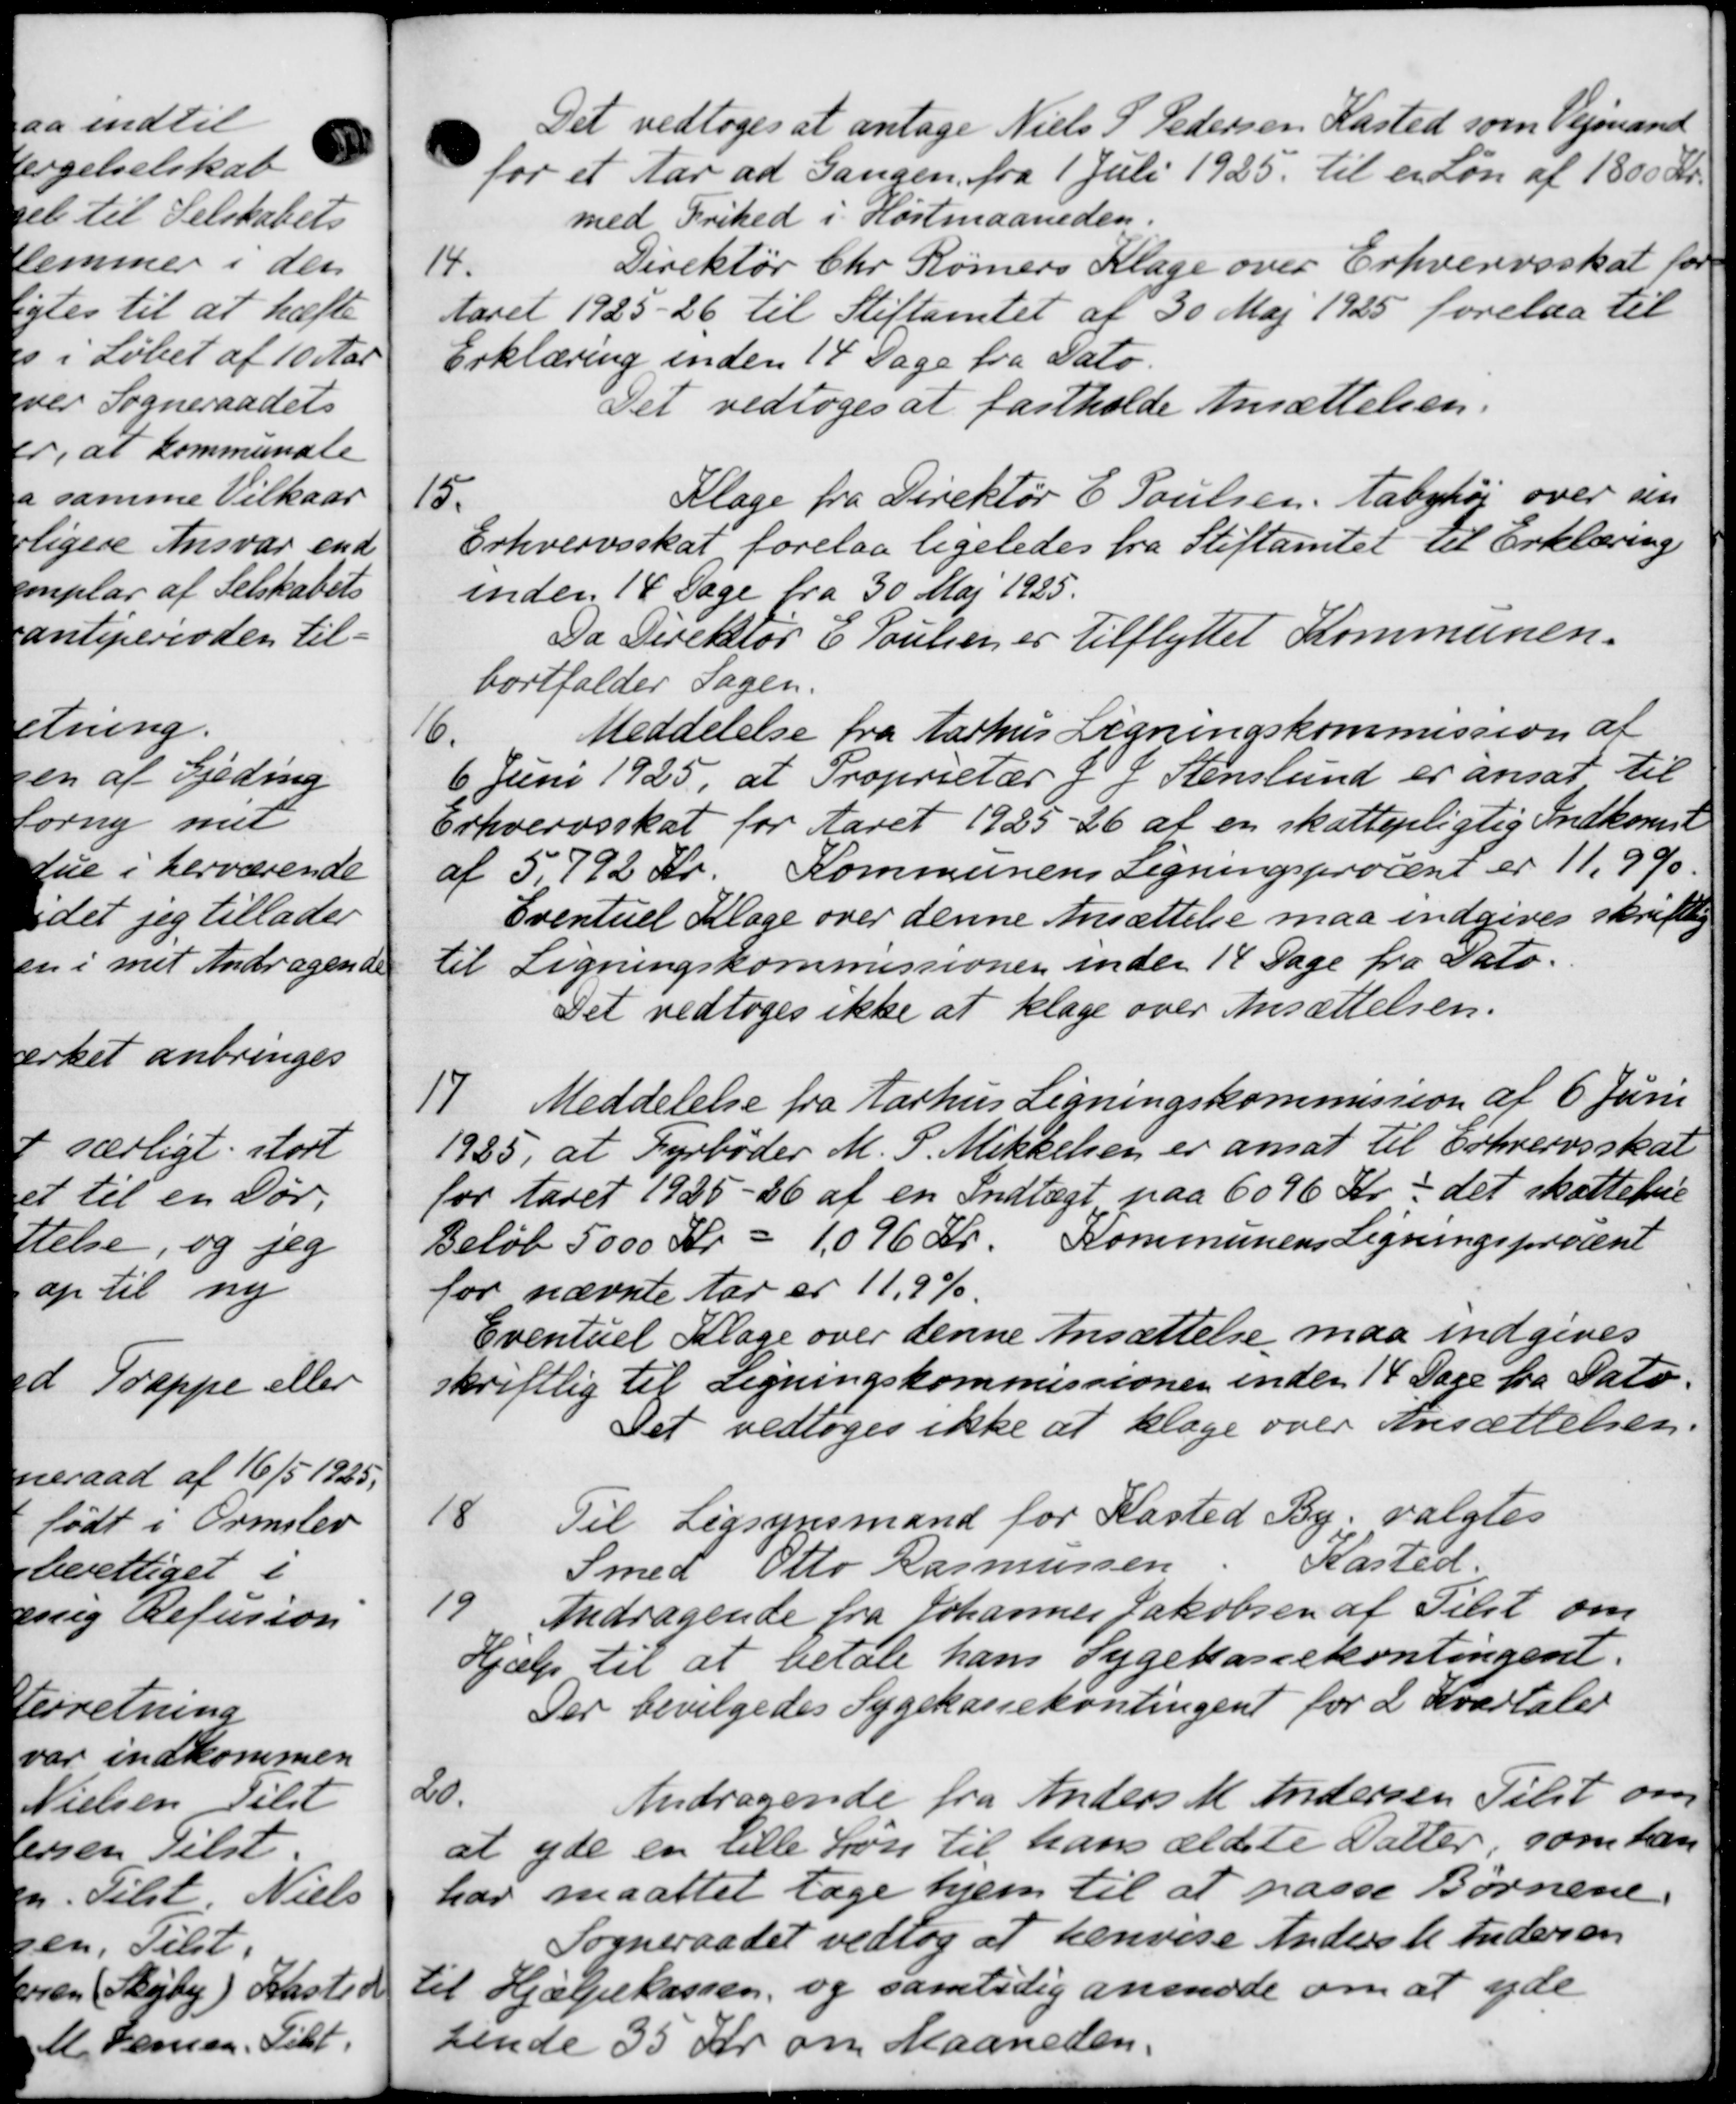
Transskription:
Det vedtoges at antage Niels P Pedersen Kasted som Vejmand
for et Aar ad Gangen fra 1 Juli 1925 til en Løn af 1800 Kr.
med Frihed i Høstmaaneden.
14.
Direktør Chr. Rømers Klage over Erhvervsskat for
Aaret 1925-26 til Stiftamtet af 30 Maj 1925 forelaa til
Erklæring inden 14 Dage fra Dato.
Det vedtoges at fastholde Ansættelsen.
15.
Klage fra Direktør E Poulsen, Aabyhøj over sin
Erhvervsskat forelaa ligeledes fra Stiftamtet til Erklæring
inden 14 Dage fra 30 Maj 1925.
Da Direktør E. Poulsen er tilflyttet Kommunen.
bortfalder Sagen.
16.
Meddelelse fra Aarhus Ligningskommission af
6. Juni 1925, at Proprietær J P Stenslund er ansat til
Erhvervsskat for Aaret 1925-26 af en skattepligtig Indkomst
af 5,792 Kr. Kommunens Ligningsprocent er 11,9%
Eventuel Klage over denne Ansættelse maa indgives skriftlig
til Ligningskommissionen inden 14 Dage fra Fato-
Det vedtoges ikke at klage over Ansættelsen.
17
Meddelelse fra Aarhus Ligningskommission af 6 Juni
1925, at Fyrbøder M. P. Mikkelsen er ansat til Erhvervsskat
for Aaret 1925-26 af en Indtægt paa 6096 Kr det skattehuse
Beløb 5000 Kr = 1,096 Kr. Kommunens Ligningsprocent
for nævnte Aar er 11,9%.
Eventuel Klage over denne Ansættelse maa indgives
skriftlig til Ligningskommissionen inden 14 Dage fra Pato.
Det vedtoges ikke at klage over Ansættelsen.
18
Til Ligsynsmand for Kasted By valgtes
Smed Otto Rasmussen Kasted
19
Andragende fra Johannes Jakobsen af Tilst om
Hjælp til at betale hans Sygekassekontingent.
Der bevilgedes Sygekassekontingent for 2 Kvartaler
20.
Andragende fra Anders M Andersen Tilst om
at yde en lille Løn til hans ældste Datter, som han
har maattet tage hjem til at passe Børnene.
Sogneraadet vedtog at henvise Anderst Andersen
til Hjælpekassen, og samtidig anmode om at yde
sende 35 Kr. om Maaneden.